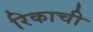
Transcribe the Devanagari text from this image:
रिकाची